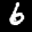
Label: 6